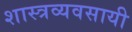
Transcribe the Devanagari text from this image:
शास्त्रव्यवसायी